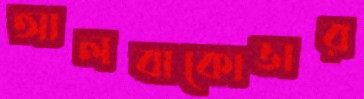
আলবাকোভার